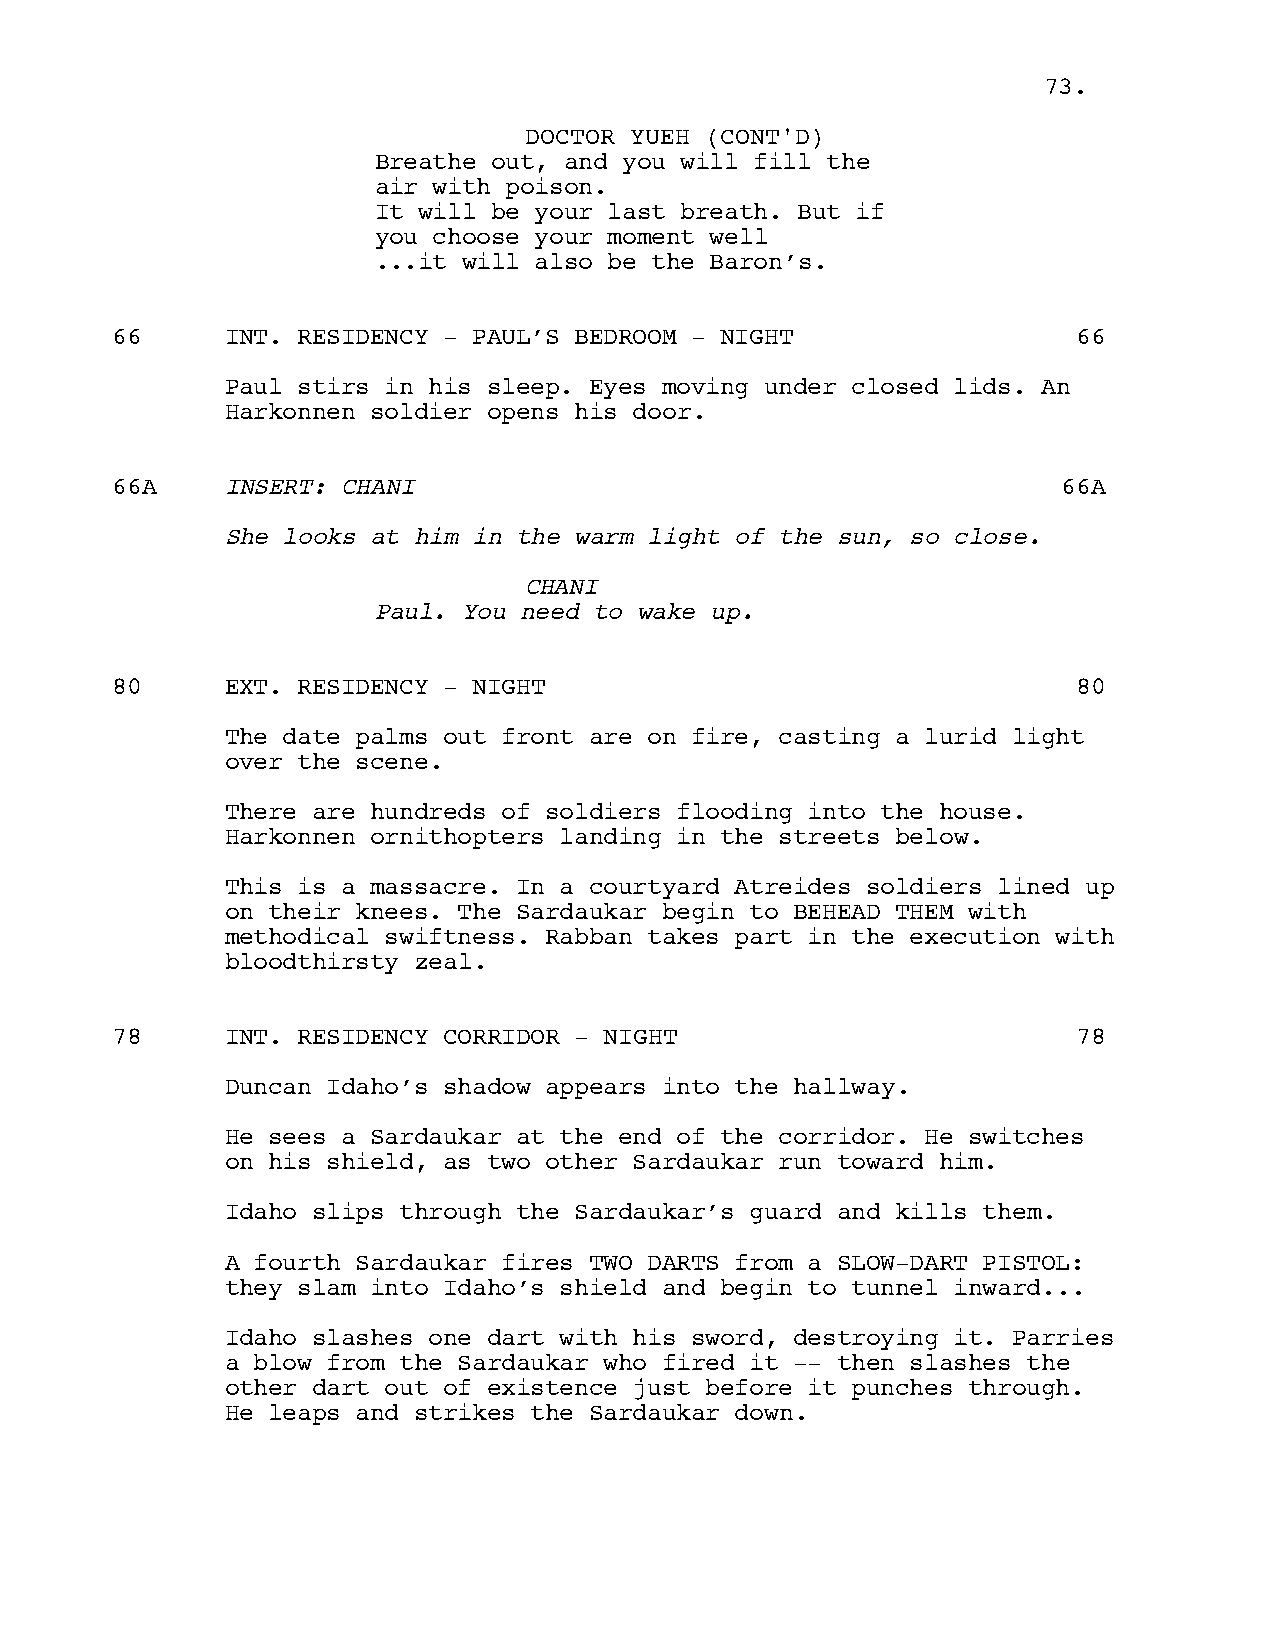
7733..
 DDOOCCTTOORR YYUUEEHH ((CCOONNTT''DD))
 Breathe out, and you will fill the
 air with poison.
 It will be your last breath. But if
 you choose your moment well
 ...it will also be the Baron’s.
 66      INT. RESIDENCY - PAUL’S BEDROOM - NIGHT                 66
 Paul stirs in his sleep. Eyes moving under closed lids. An
 Harkonnen soldier opens his door.
 66A     INSERT: CHANI                                          66A
 She looks at him in the warm light of the sun, so close.
 CHANI
 Paul. You need to wake up.
 80      EXT. RESIDENCY - NIGHT                                  80
 The date palms out front are on fire, casting a lurid light
 over the scene.
 There are hundreds of soldiers flooding into the house.
 Harkonnen ornithopters landing in the streets below.
 This is a massacre. In a courtyard Atreides soldiers lined up
 on their knees. The Sardaukar begin to BEHEAD THEM with
 methodical swiftness. Rabban takes part in the execution with
 bloodthirsty zeal.
 78      INT. RESIDENCY CORRIDOR - NIGHT                         78
 Duncan Idaho’s shadow appears into the hallway.
 He sees a Sardaukar at the end of the corridor. He switches
 on his shield, as two other Sardaukar run toward him.
 Idaho slips through the Sardaukar’s guard and kills them.
 A fourth Sardaukar fires TWO DARTS from a SLOW-DART PISTOL:
 they slam into Idaho’s shield and begin to tunnel inward...
 Idaho slashes one dart with his sword, destroying it. Parries
 a blow from the Sardaukar who fired it -- then slashes the
 other dart out of existence just before it punches through.
 He leaps and strikes the Sardaukar down.